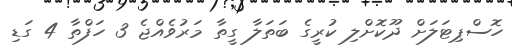
ހޮސްޕިޓަލަށް ދޫކޮށްލި ކުރީގެ ބަތަލާ ގީތާ މަރުވެއްޖެ 3 ހަފްތާ 4 ގަޑި